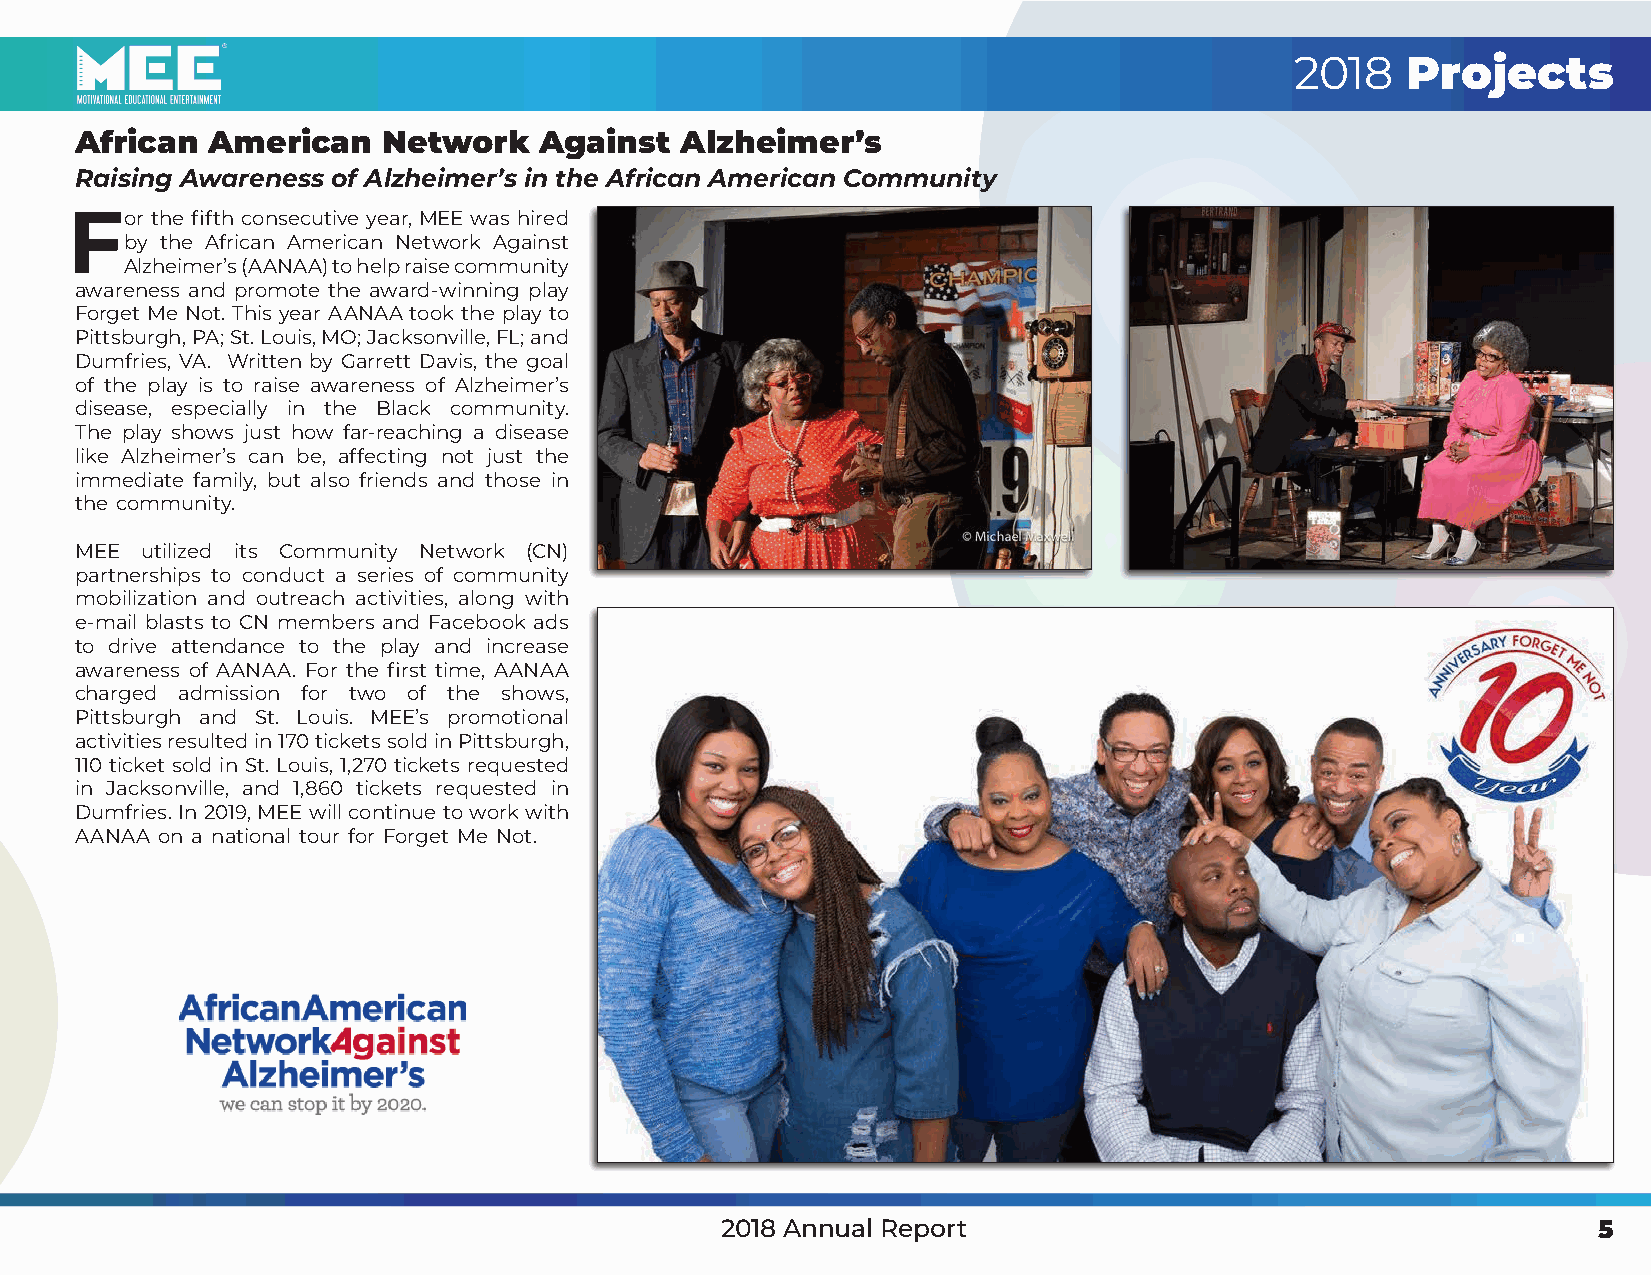
2018   Projects
 African  American   Network    Against  Alzheimer’s
 Raising Awareness of Alzheimer’s in the African American Community
 For   the fifth consecutive year, MEE was hired
 by the African American Network Against
 Alzheimer’s (AANAA) to help raise community
 awareness and promote the award-winning play
 Forget Me Not. This year AANAA took the play to
 Pittsburgh, PA; St. Louis, MO; Jacksonville, FL; and
 Dumfries, VA. Written by Garrett Davis, the goal
 of the play is to raise awareness of Alzheimer’s
 disease, especially in the Black community.
 The play shows just how far-reaching a disease
 like Alzheimer’s can be, affecting not just the
 immediate family, but also friends and those in
 the community.
 MEE utilized its Community Network (CN)
 partnerships to conduct a series of community
 mobilization and outreach activities, along with
 e-mail blasts to CN members and Facebook ads
 to drive attendance to the play and increase
 awareness of AANAA. For the first time, AANAA
 charged admission for two of the shows,
 Pittsburgh and St. Louis. MEE’s promotional
 activities resulted in 170 tickets sold in Pittsburgh,
 110 ticket sold in St. Louis, 1,270 tickets requested
 in Jacksonville, and 1,860 tickets requested in
 Dumfries. In 2019, MEE will continue to work with
 AANAA on a national tour for Forget Me Not.
 2018 Annual Report                                        5